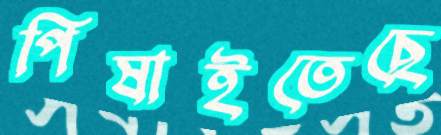
পিষাইতেছে